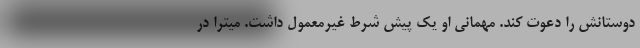
دوستانش را دعوت کند. مهمانی او یک پیش شرط غیرمعمول داشت. میترا در